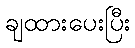
ချထားပေးပြီး